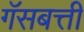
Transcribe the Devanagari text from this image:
गॅसबत्ती